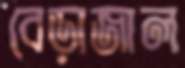
বেড়াজাল